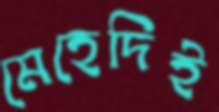
মেহেদিই